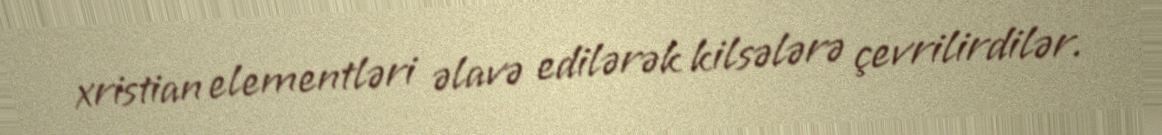
xristian elementləri əlavə edilərək kilsələrə çevrilirdilər.